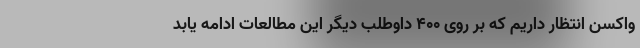
واکسن انتظار داریم که بر روی ۴۰۰ داوطلب دیگر این مطالعات ادامه یابد